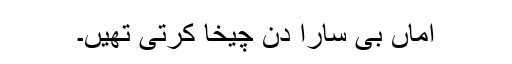
اماں بی سارا دن چیخا کرتی تھیں۔